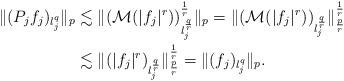
LaTeX: \begin{align*}\| (P_j f_j)_{l_j^q} \|_p &\lesssim \| (\mathcal M(|f_j|^r) )^{\frac 1r}_{l_j^{\frac qr}} \|_p= \| (\mathcal M (|f_j|^r) )_{l_j^{\frac qr}} \|^{\frac 1r}_{\frac pr} \\& \lesssim \| (|f_j|^r)_{l_j^{\frac qr}} \|_{\frac pr}^{\frac 1r} = \| (f_j)_{l_j^q} \|_p.\end{align*}